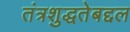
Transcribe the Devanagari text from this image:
तंत्रशुद्धतेबद्दल